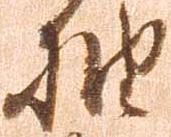
抽